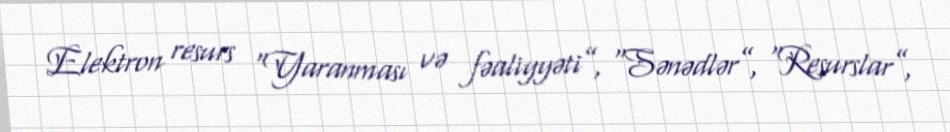
Elektron resurs “Yaranması və fəaliyyəti”, “Sənədlər”, “Resurslar”,